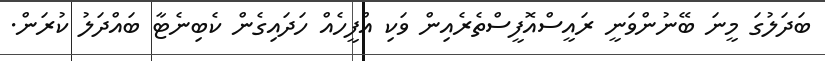
ބަދަލުގަ މީނަ ބޭނުންވަނީ ރައީސްއޮފީސްތެރެއިން ވަކި އްފީހެއް ހަދައިގެން ކެބިނެޓާ ބައްދަލު ކުރަން.